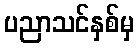
ပညာသင်နှစ်မှ